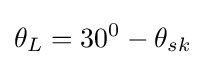
{{\theta }_{L}}={{30}^{0}}-{{\theta }_{sk}}